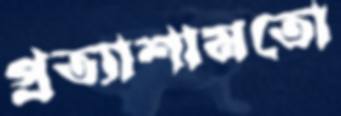
প্রত্যাশামতো